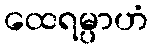
ထေရမ္ပာဟံ